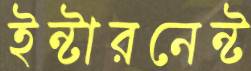
ইন্টারনেন্ট